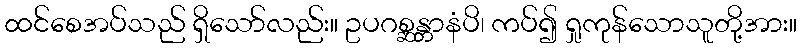
ထင်စေအပ်သည် ရှိသော်လည်း။ ဥပဂစ္ဆန္တာနံပိ၊ ကပ်၍ ရှုကုန်သောသူတို့အား။